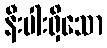
နီးပါးရှိသော